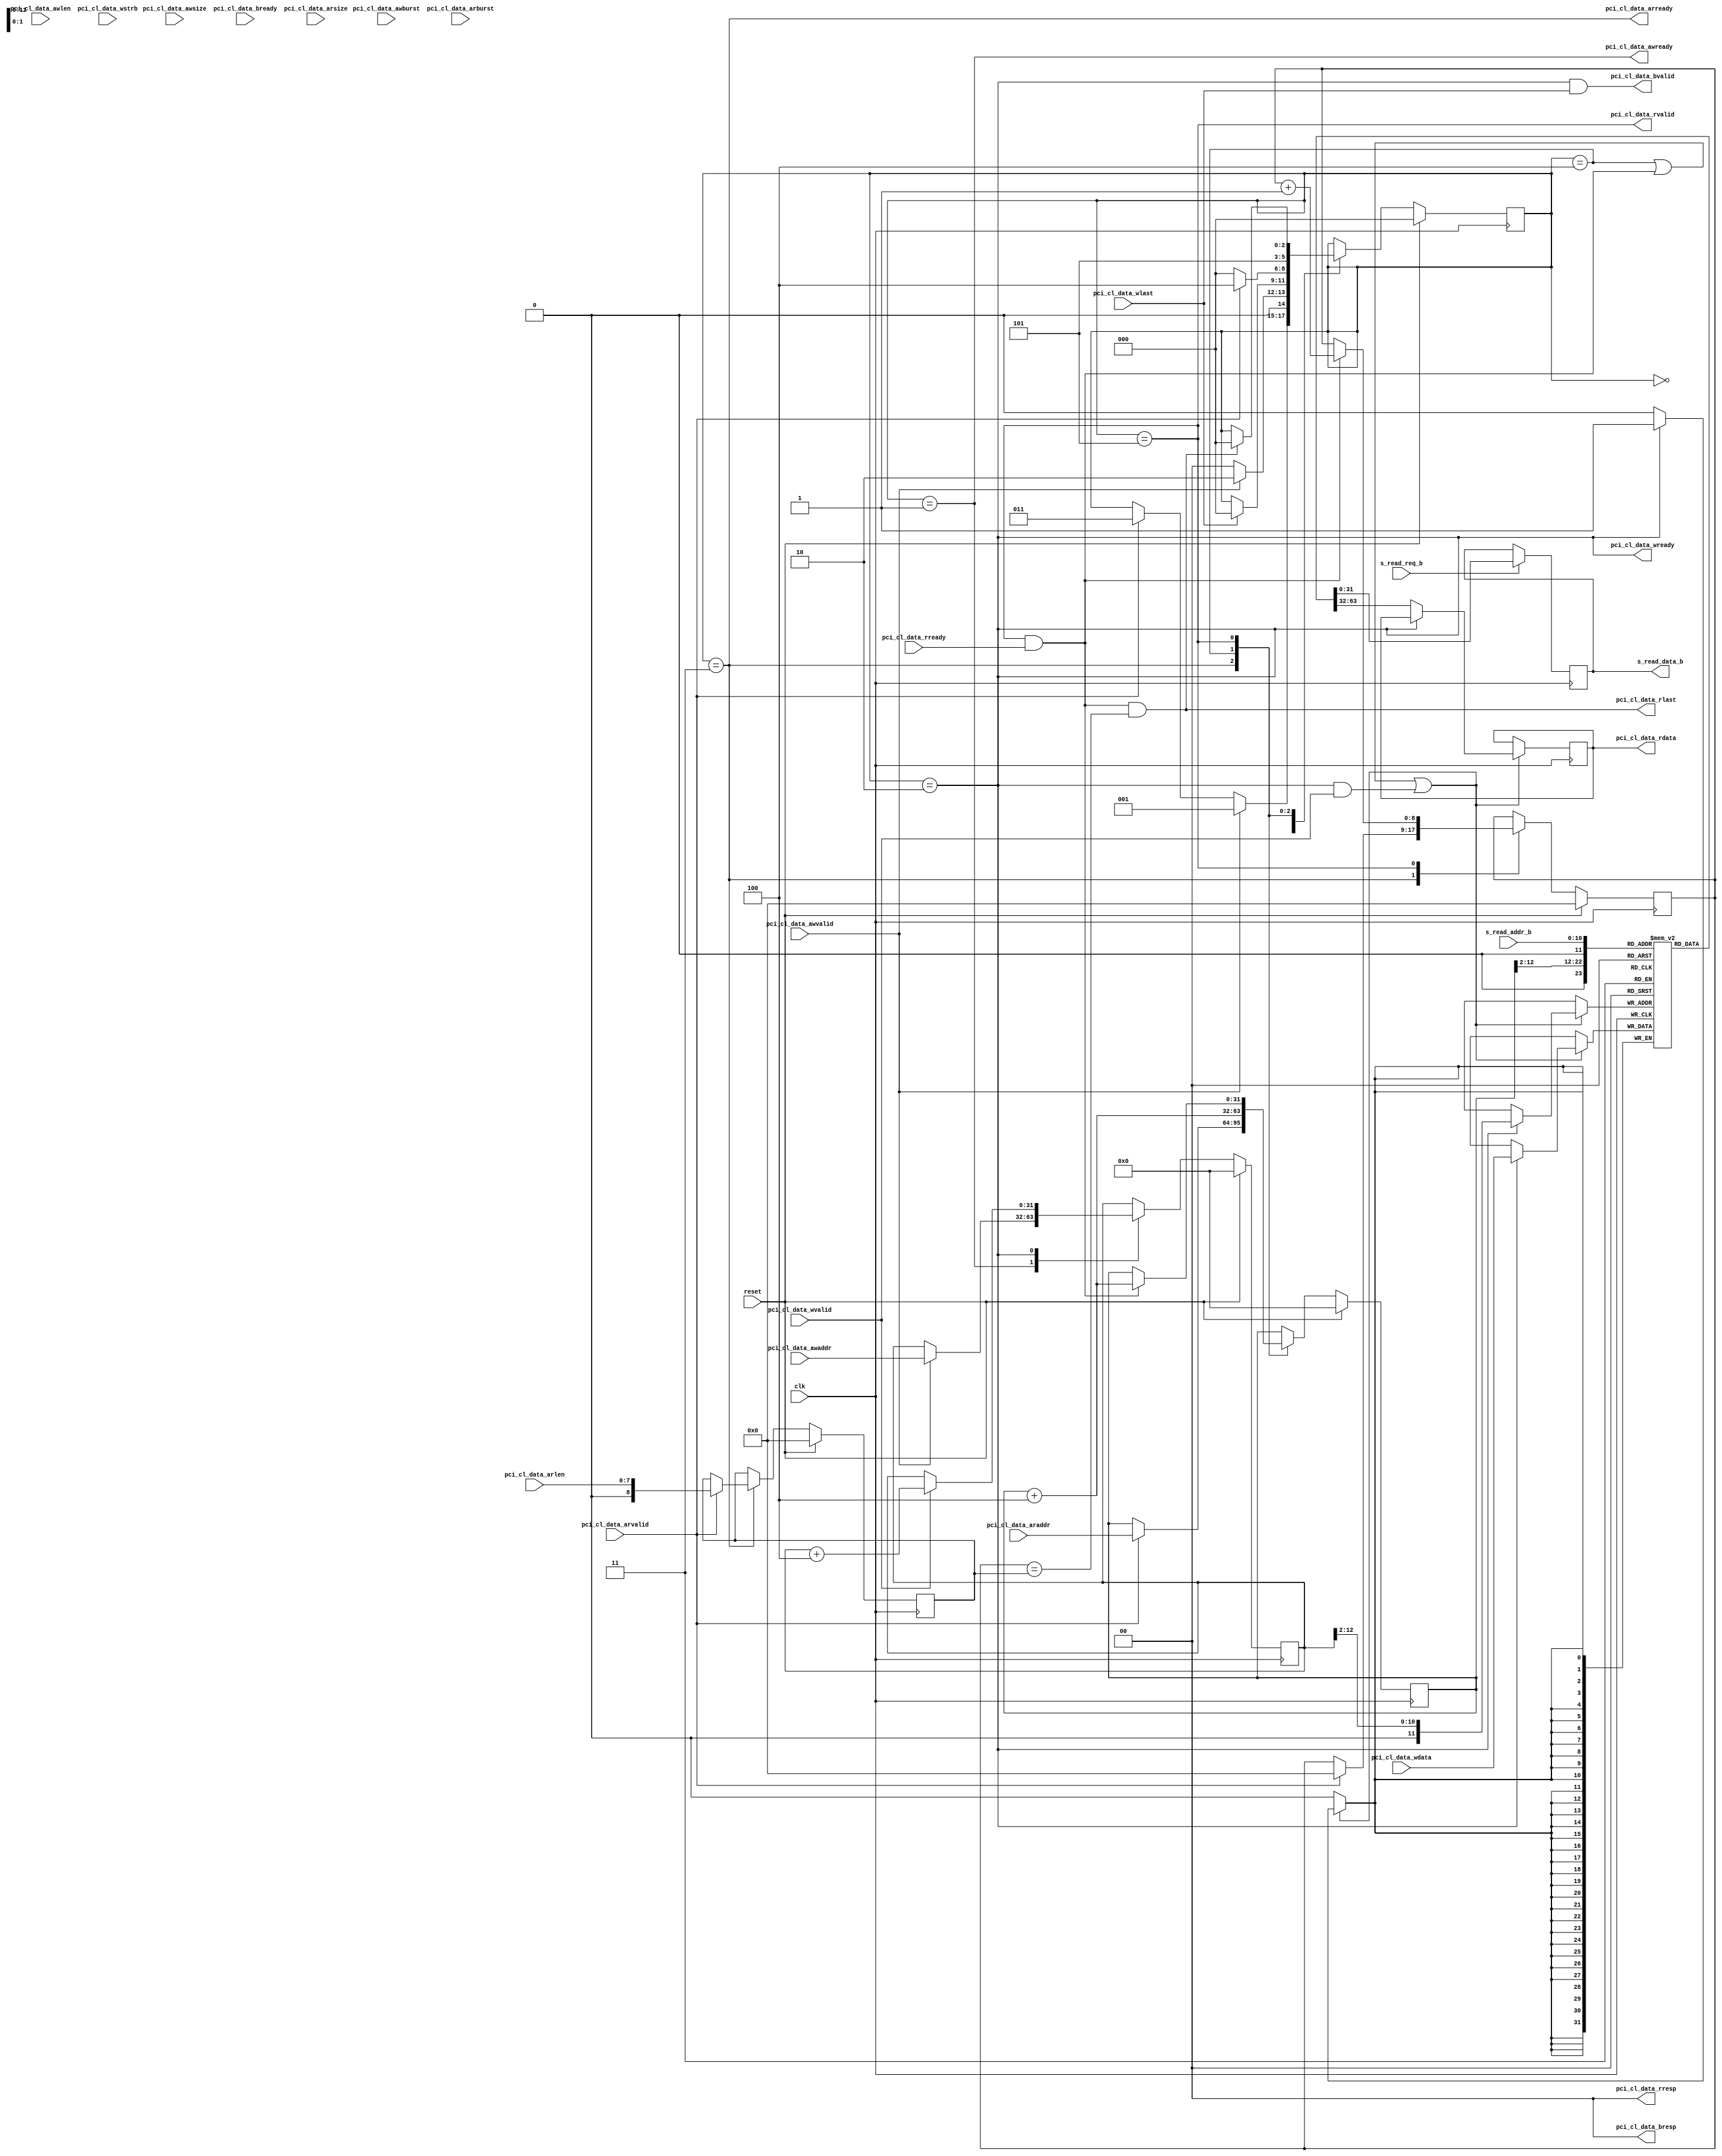
//
// Instruction Memory
//
// Hardik Sharma
// (hsharma@gatech.edu)
`timescale 1ns/1ps
module instruction_memory
#(
    parameter integer  DATA_WIDTH                   = 32,
    parameter integer  SIZE_IN_BITS                 = 1<<16,
    parameter integer  ADDR_WIDTH                   = $clog2(SIZE_IN_BITS/DATA_WIDTH),
  // Instructions
    parameter integer  INST_DATA_WIDTH              = 32,
    parameter integer  INST_ADDR_WIDTH              = 32,
    parameter integer  INST_WSTRB_WIDTH             = INST_DATA_WIDTH/8,
    parameter integer  INST_BURST_WIDTH             = 8
)
(
  // clk, reset
    input  wire                                         clk,
    input  wire                                         reset,

  // Decoder <- imem
    input  wire                                         s_read_req_b,
    input  wire  [ ADDR_WIDTH           -1 : 0 ]        s_read_addr_b,
    output wire  [ DATA_WIDTH           -1 : 0 ]        s_read_data_b,

  // PCIe -> CL_wrapper AXI4 interface
  // Slave Interface Write Address
    input  wire  [ INST_ADDR_WIDTH      -1 : 0 ]        pci_cl_data_awaddr,
    input  wire  [ INST_BURST_WIDTH     -1 : 0 ]        pci_cl_data_awlen,
    input  wire  [ 3                    -1 : 0 ]        pci_cl_data_awsize,
    input  wire  [ 2                    -1 : 0 ]        pci_cl_data_awburst,
    input  wire                                         pci_cl_data_awvalid,
    output wire                                         pci_cl_data_awready,
  // Slave Interface Write Data
    input  wire  [ INST_DATA_WIDTH      -1 : 0 ]        pci_cl_data_wdata,
    input  wire  [ INST_WSTRB_WIDTH     -1 : 0 ]        pci_cl_data_wstrb,
    input  wire                                         pci_cl_data_wlast,
    input  wire                                         pci_cl_data_wvalid,
    output wire                                         pci_cl_data_wready,
  // Slave Interface Write Response
    output wire  [ 2                    -1 : 0 ]        pci_cl_data_bresp,
    output wire                                         pci_cl_data_bvalid,
    input  wire                                         pci_cl_data_bready,
  // Slave Interface Read Address
    input  wire  [ INST_ADDR_WIDTH      -1 : 0 ]        pci_cl_data_araddr,
    input  wire  [ INST_BURST_WIDTH     -1 : 0 ]        pci_cl_data_arlen,
    input  wire  [ 3                    -1 : 0 ]        pci_cl_data_arsize,
    input  wire  [ 2                    -1 : 0 ]        pci_cl_data_arburst,
    input  wire                                         pci_cl_data_arvalid,
    output wire                                         pci_cl_data_arready,
  // Slave Interface Read Data
    output wire  [ INST_DATA_WIDTH      -1 : 0 ]        pci_cl_data_rdata,
    output wire  [ 2                    -1 : 0 ]        pci_cl_data_rresp,
    output wire                                         pci_cl_data_rlast,
    output wire                                         pci_cl_data_rvalid,
    input  wire                                         pci_cl_data_rready
);

//=============================================================
// Localparams
//=============================================================
  // Width of state
    localparam integer  STATE_W                      = 3;
  // States
    localparam integer  IMEM_IDLE                    = 0;
    localparam integer  IMEM_WR_ADDR                 = 1;
    localparam integer  IMEM_WR_DATA                 = 2;
    localparam integer  IMEM_RD_ADDR                 = 3;
    localparam integer  IMEM_RD_REQ                  = 4;
    localparam integer  IMEM_RD_DATA                 = 5;
  // RD count
    localparam          R_COUNT_W                    = INST_BURST_WIDTH + 1;
  // Bytes per word
    localparam BYTES_PER_WORD = DATA_WIDTH / 8;
    localparam BYTE_ADDR_W = $clog2(BYTES_PER_WORD);
//=============================================================

//=============================================================
// Wires/Regs
//=============================================================
  // Host <-> imem
    wire                                        s_req_a;
    wire                                        s_wr_en_a;
    wire [ DATA_WIDTH           -1 : 0 ]        s_read_data_a;
    wire [ ADDR_WIDTH           -1 : 0 ]        s_read_addr_a;
    wire [ DATA_WIDTH           -1 : 0 ]        s_write_data_a;
    wire [ ADDR_WIDTH           -1 : 0 ]        s_write_addr_a;
  // FSM for writes to instruction memory (imem)
    reg  [ STATE_W              -1 : 0 ]        imem_state_q;
    reg  [ STATE_W              -1 : 0 ]        imem_state_d;
  // writes address for instruction memory (imem)
    reg  [ INST_ADDR_WIDTH      -1 : 0 ]        w_addr_d;
    reg  [ INST_ADDR_WIDTH      -1 : 0 ]        w_addr_q;

  // read address for instruction memory (imem)
    reg  [ INST_ADDR_WIDTH      -1 : 0 ]        r_addr_d;
    reg  [ INST_ADDR_WIDTH      -1 : 0 ]        r_addr_q;
  // read counter
    reg  [ R_COUNT_W            -1 : 0 ]        r_count_d;
    reg  [ R_COUNT_W            -1 : 0 ]        r_count_q;
    reg  [ R_COUNT_W            -1 : 0 ]        r_count_max_d;
    reg  [ R_COUNT_W            -1 : 0 ]        r_count_max_q;

    reg  [ DATA_WIDTH           -1 : 0 ]        _s_read_data_a;
    reg  [ DATA_WIDTH           -1 : 0 ]        _s_read_data_b;
//=============================================================

//=============================================================
// Assigns
//=============================================================
    assign s_read_data_a = _s_read_data_a;
    assign s_read_data_b = _s_read_data_b;

    assign pci_cl_data_awready = imem_state_q == IMEM_WR_ADDR;
    assign pci_cl_data_wready = imem_state_q == IMEM_WR_DATA;

    assign pci_cl_data_bvalid = imem_state_q == IMEM_WR_DATA && pci_cl_data_wlast;
    assign pci_cl_data_bresp = 0;

    assign pci_cl_data_arready = imem_state_q == IMEM_RD_ADDR;
    assign pci_cl_data_rvalid = imem_state_q == IMEM_RD_DATA;
    assign pci_cl_data_rlast = imem_state_q == IMEM_RD_DATA && pci_cl_data_rready && r_count_q == r_count_max_q;


    assign s_write_addr_a = w_addr_q[INST_ADDR_WIDTH-1:BYTE_ADDR_W];
    assign s_write_data_a = pci_cl_data_wdata;

    assign s_read_addr_a = r_addr_q[INST_ADDR_WIDTH-1:BYTE_ADDR_W];
    assign s_req_a = ((imem_state_q == IMEM_RD_REQ ||
                     (imem_state_q == IMEM_RD_DATA && pci_cl_data_rready))
                     || (imem_state_q == IMEM_WR_DATA && pci_cl_data_wvalid));
    assign s_wr_en_a = imem_state_q == IMEM_WR_DATA;

    assign pci_cl_data_rdata = s_read_data_a;
    assign pci_cl_data_rresp = 2'b0;
//=============================================================

//=============================================================
// FSM
//=============================================================
  always @(*)
  begin: READ_FSM
    imem_state_d = imem_state_q;
    r_addr_d = r_addr_q;
    r_count_max_d = r_count_max_q;
    r_count_d = r_count_q;
    w_addr_d = w_addr_q;
    case(imem_state_q)
      IMEM_IDLE: begin
        if (pci_cl_data_awvalid)
        begin
          imem_state_d = IMEM_WR_ADDR;
        end else if (pci_cl_data_arvalid)
        begin
          imem_state_d = IMEM_RD_ADDR;
        end
      end
      IMEM_WR_ADDR: begin
        if (pci_cl_data_awvalid) begin
          w_addr_d = pci_cl_data_awaddr;
          imem_state_d = IMEM_WR_DATA;
        end
        else
          imem_state_d = IMEM_IDLE;
      end
      IMEM_WR_DATA: begin
        if (pci_cl_data_wlast)
          imem_state_d = IMEM_IDLE;
        if (pci_cl_data_wvalid)
          w_addr_d = w_addr_d + BYTES_PER_WORD;
      end
      IMEM_RD_ADDR: begin
        if (pci_cl_data_arvalid) begin
          r_addr_d = pci_cl_data_araddr;
          r_count_max_d = pci_cl_data_arlen;
          r_count_d = 0;
          imem_state_d = IMEM_RD_REQ;
        end
        else
          imem_state_d = IMEM_IDLE;
      end
      IMEM_RD_REQ: begin
        r_addr_d = r_addr_d + BYTES_PER_WORD;
        imem_state_d = IMEM_RD_DATA;
      end
      IMEM_RD_DATA: begin
        if (pci_cl_data_rlast)
          imem_state_d = IMEM_IDLE;
        if (pci_cl_data_rvalid && pci_cl_data_rready) begin
          r_addr_d = r_addr_d + BYTES_PER_WORD;
          r_count_d = r_count_d + 1'b1;
        end
      end
    endcase
  end

  always @(posedge clk)
  begin
    if (reset)
      imem_state_q <= IMEM_IDLE;
    else
      imem_state_q <= imem_state_d;
  end

  always @(posedge clk)
  begin
    if (reset)
      w_addr_q <= 0;
    else
      w_addr_q <= w_addr_d;
  end

  always @(posedge clk)
  begin
    if (reset)
      r_addr_q <= 0;
    else
      r_addr_q <= r_addr_d;
  end

  always @(posedge clk)
  begin
    if (reset)
      r_count_q <= 0;
    else
      r_count_q <= r_count_d;
  end

  always @(posedge clk)
  begin
    if (reset)
      r_count_max_q <= 0;
    else
      r_count_max_q <= r_count_max_d;
  end
//=============================================================

//=============================================================
// Dual port ram
//=============================================================
  reg  [ DATA_WIDTH -1 : 0 ] mem [ 0 : 1<<ADDR_WIDTH ];

  always @(posedge clk)
  begin: RAM_WRITE_PORT_A
    if (s_req_a) begin
      if (s_wr_en_a)
        mem[s_write_addr_a] <= s_write_data_a;
      else
        _s_read_data_a <= mem[s_read_addr_a];
    end
  end

  always @(posedge clk)
  begin: RAM_WRITE_PORT_B
    if (s_read_req_b) begin
        _s_read_data_b <= mem[s_read_addr_b];
    end
  end
//=============================================================


//=============================================================
// VCD
//=============================================================
`ifdef COCOTB_TOPLEVEL_instruction_memory
  initial begin
    $dumpfile("instruction_memory.vcd");
    $dumpvars(0, instruction_memory);
  end
`endif
//=============================================================
endmodule